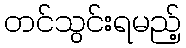
တင်သွင်းရမည့်